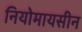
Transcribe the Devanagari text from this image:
नियोमायसीन